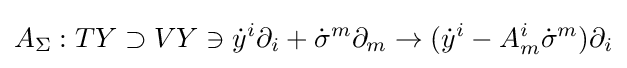
A_{\Sigma }:TY\supset VY\ni {\dot {y}}^{i}\partial _{i}+{\dot {\sigma }}^{m}\partial _{m}\to ({\dot {y}}^{i}-A_{m}^{i}{\dot {\sigma }}^{m})\partial _{i}